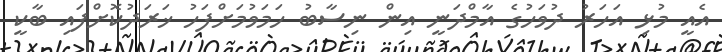
އެއީ މުޅި އަހަރު ދުވަހުގެ އާމްދަނީ އިން ނިސާބު ހަމަވުމަށްފަހު ޚަރަދުކޮށްފައި ބާކީ